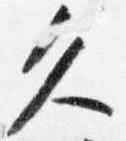
久